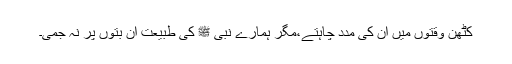
کٹھن وقتوں میں ان کی مدد چاہتے،مگر ہمارے نبی ﷺ کی طبیعت ان بتوں پر نہ جمی۔